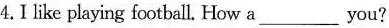
4. I like playing football. How a___you?